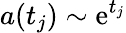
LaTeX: a(t_{j})\sim\mathrm{e}^{t_{j}}